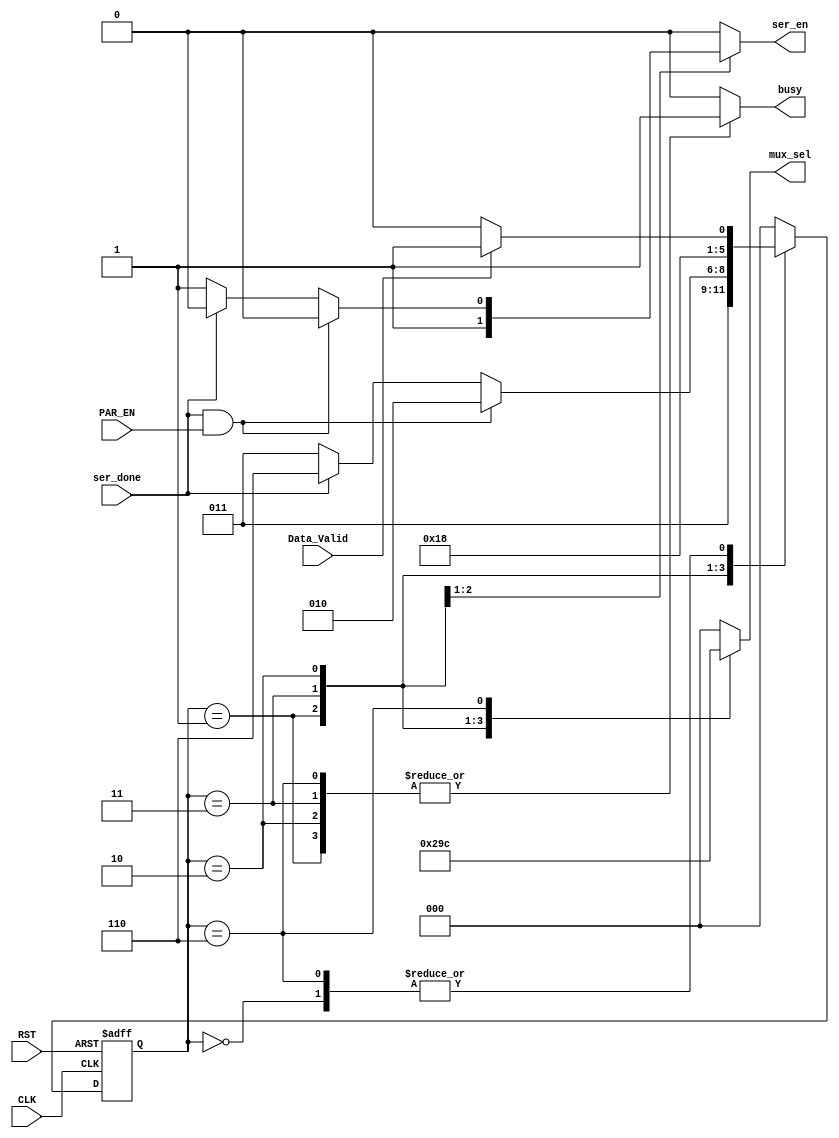
module FSM (
  input             Data_Valid, PAR_EN, ser_done,
  input             CLK, RST,
  output reg [2:0]  mux_sel,
  output reg        ser_en, busy
  );

  localparam  IDLE  = 3'b000,
              START = 3'b001,
              DATA  = 3'b011,
              PAR   = 3'b010,
              STOP  = 3'b110;
  
  reg [2:0]   current_state,
              next_state;
  
  always @(posedge CLK or negedge RST)
    begin
      if(!RST)
        begin
          current_state <= IDLE ;
        end
      else
        begin
          current_state <= next_state ;
        end
    end
  
  always @(*)
    begin
      case(current_state)
        IDLE    : begin
                    ser_en = 1'b0;
                    mux_sel = 3'd0;
                    busy = 1'b0;
                    if (Data_Valid)
                      next_state = START;
                    else
                      next_state = IDLE;
                  end
        
        START   : begin
                    ser_en = 1'b1;
                    mux_sel = 3'd1;
                    busy = 1'b1;
                    next_state = DATA;
                  end
        
        DATA    : begin
                    mux_sel = 3'd2;
                    busy = 1'b1;
                    if (ser_done && PAR_EN)
                      begin
                        next_state = PAR;
                        ser_en = 1'b0;
                      end
                    else if (ser_done)
                      begin
                        next_state = STOP;
                        ser_en = 1'b0;
                      end
                    else
                      begin
                        next_state = DATA;
                        ser_en = 1'b1;
                      end
                  end
        
        PAR     : begin
                    ser_en = 1'b0;
                    mux_sel = 3'd3;
                    busy = 1'b1;
                    next_state = STOP;
                  end
        
        STOP    : begin
                    ser_en = 1'b0;
                    mux_sel = 3'd4;
                    busy = 1'b1;
                    if (Data_Valid)
                      next_state = START;
                    else
                      next_state = IDLE;
                  end
                
        default : begin
                    ser_en = 1'b0;
                    mux_sel = 3'd0;
                    busy = 1'b0;
                    next_state = IDLE;
                  end
                
      endcase
    end
 
endmodule